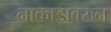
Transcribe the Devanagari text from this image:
नाकाडावरुन